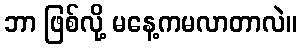
ဘာ ဖြစ်လို့ မနေ့ကမလာတာလဲ။